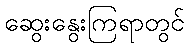
ဆွေးနွေးကြရာတွင်